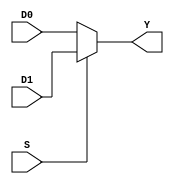
`timescale 1ns / 1ps
//////////////////////////////////////////////////////////////////////////////////
// Company: 
// Engineer: 
// 
// Design Name: 
// Module Name: mux
// Project Name: 
// Target Devices: 
// Tool Versions: 
// Description: 
// 
// Dependencies: 
// 
// Revision:
// Revision 0.01 - File Created
// Additional Comments:
// 
//////////////////////////////////////////////////////////////////////////////////


module mux(D0, D1, S, Y);

output Y;
input D0, D1, S;

assign Y=(S)?D1:D0;

endmodule